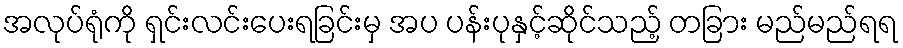
အလုပ်ရုံကို ရှင်းလင်းပေးရခြင်းမှ အပ ပန်းပုနှင့်ဆိုင်သည့် တခြား မည်မည်ရရ